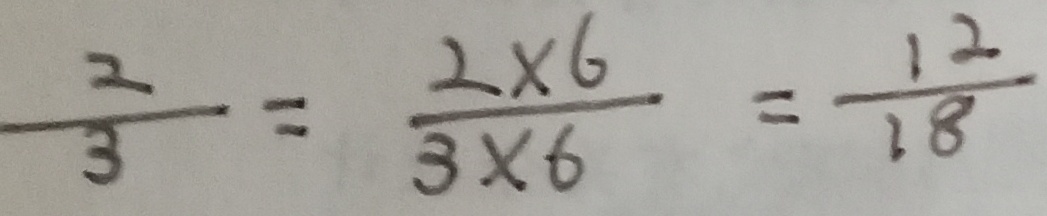
\frac { 2 } { 3 } = \frac { 2 \times 6 } { 3 \times 6 } = \frac { 1 2 } { 1 8 }